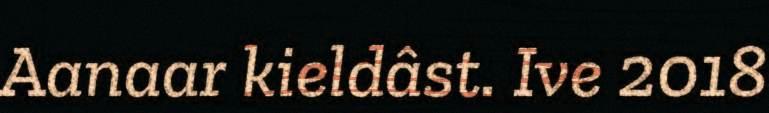
Aanaar kieldâst. Ive 2018